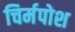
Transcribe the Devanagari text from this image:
चिर्मपोश